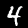
Label: 4